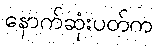
နောက်ဆုံးပတ်က